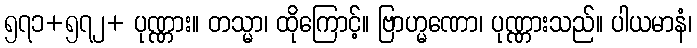
၅၇၁+၅၇၂+ ပုဏ္ဏား။ တသ္မာ၊ ထိုကြောင့်။ ဗြာဟ္မဏော၊ ပုဏ္ဏားသည်။ ပါယမာနံ၊